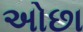
અોછા